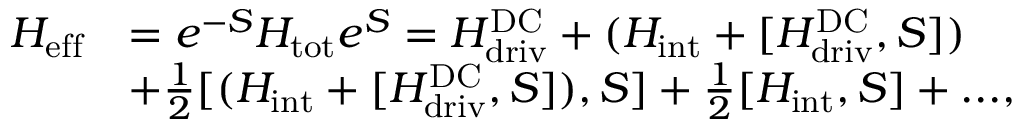
\begin{array} { r l } { H _ { \mathrm { e f f } } } & { = { e ^ { - S } } H _ { \mathrm { t o t } } { e ^ { S } } = H _ { \mathrm { d r i v } } ^ { \mathrm { D C } } + ( H _ { \mathrm { i n t } } + [ H _ { \mathrm { d r i v } } ^ { \mathrm { D C } } , S ] ) } \\ & { + \frac { 1 } { 2 } [ ( H _ { \mathrm { i n t } } + [ H _ { \mathrm { d r i v } } ^ { \mathrm { D C } } , S ] ) , S ] + \frac { 1 } { 2 } [ H _ { \mathrm { i n t } } , S ] + . . . , } \end{array}